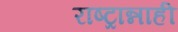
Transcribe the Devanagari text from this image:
राष्ट्रान्नाही